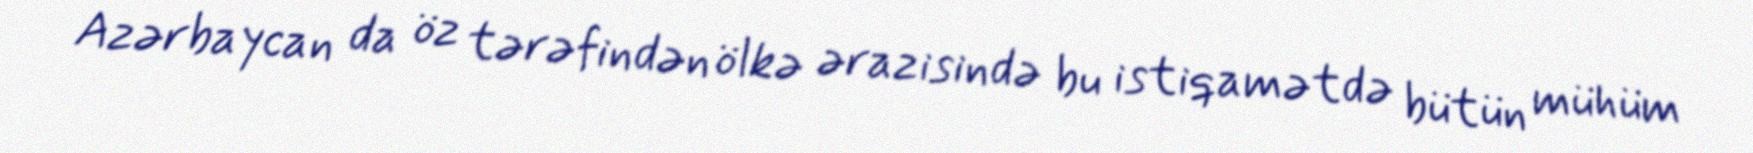
Azərbaycan da öz tərəfindən ölkə ərazisində bu istiqamətdə bütün mühüm